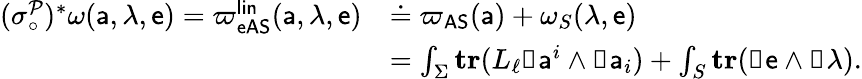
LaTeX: \begin{array}{rl}{(\sigma_{\circ}^{\mathcal{P}})^{*}\omega({\mathsf{a}},\lambda,{\mathsf{e}})={{\varpi}_{\mathsf{eAS}}^{\mathsf{lin}}}({\mathsf{a}},\lambda,{\mathsf{e}})}&{\doteq{\varpi_{\mathsf{AS}}}({\mathsf{a}})+\omega_{S}(\lambda,{\mathsf{e}})}\\ &{=\int_{\Sigma}\mathbf{tr}(L_{\ell}\mathbb{d}{\mathsf{a}}^{i}\wedge\mathbb{d}{\mathsf{a}}_{i})+\int_{S}\mathbf{tr}(\mathbb{d}{\mathsf{e}}\wedge\mathbb{d}\lambda).}\end{array}